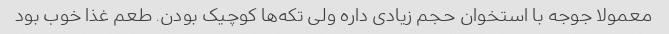
معمولا جوجه با استخوان حجم زیادی داره ولی تکه‌ها کوچیک بودن. طعم غذا خوب بود